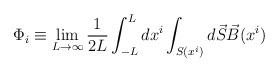
LaTeX: \begin{align*}\Phi_i\equiv \lim_{L\rightarrow\infty}\frac{1}{2L}\int_{-L}^L d x^i\int_{S(x^i)} d\vec S\vec B(x^i)\end{align*}